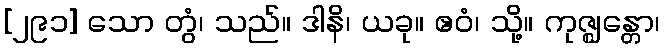
[၂၉၁] သော တွံ၊ သည်။ ဒါနိ၊ ယခု။ ဧဝံ၊ သို့။ ကုဇ္ဈန္တော၊